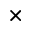
\times